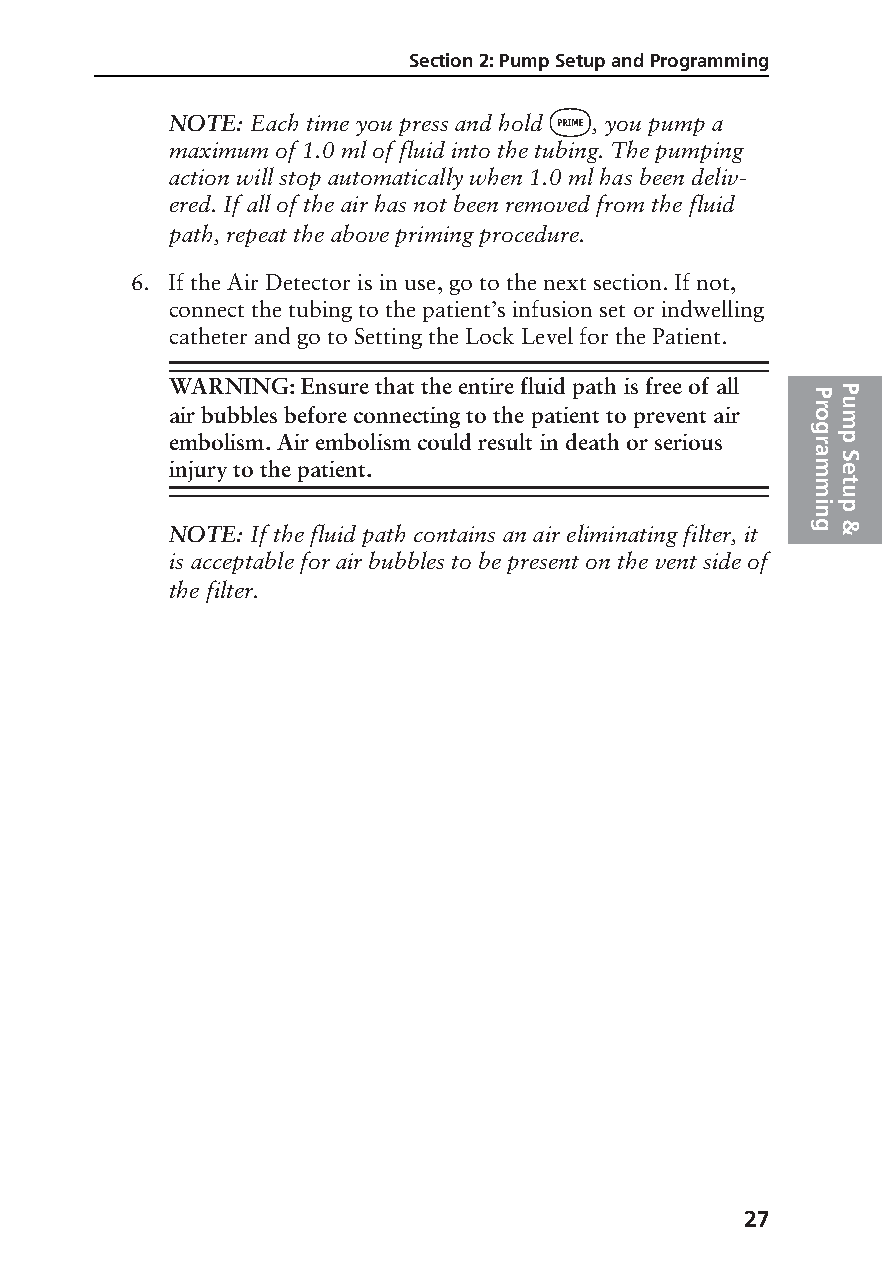
Section 2: Pump Setup and Programming
 ‹
 NOTE: Each time you press and hold , you pump a
 maximum of 1.0 ml of fluid into the tubing. The pumping
 action will stop automatically when 1.0 ml has been deliv-
 ered. If all of the air has not been removed from the fluid
 path, repeat the above priming procedure.
 6. If the Air Detector is in use, go to the next section. If not,
 connect the tubing to the patient’s infusion set or indwelling
 catheter and go to Setting the Lock Level for the Patient.
 WARNING: Ensure that the entire fluid path is free of all PP
 ru
 air bubbles before connecting to the patient to prevent air om
 g
 embolism. Air embolism could result in death or serious rp
 a S
 injury to the patient.                     me
 mt
 u
 i np
 NOTE: If the fluid path contains an air eliminating filter, it g &
 is acceptable for air bubbles to be present on the vent side of
 the filter.
 27
 PROOF (LR #3086), 2000-03-16 «3935-51D Manual, Legacy 1»